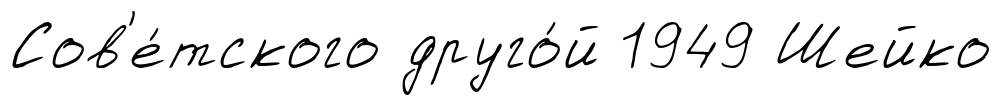
Сов'е́тского друго́й 1949 Шейко